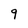
Character: 9